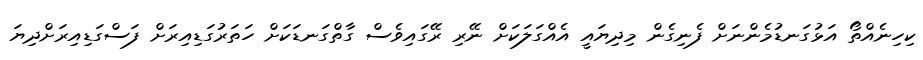
ކިހިނެއްތޯ އަޅުގަނޑުމެންނަށް ފެނިގެން މިދިޔައީ އެއްގަލަކަށް ނޭރި ރޭގައިވެސް ގާތްގަނޑަކަށް ހަތަރުގަޑިއިރަށް ފަސްގަޑިއިރަށްދިޔަ